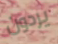
يردون